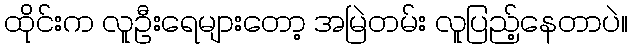
ထိုင်းက လူဦးရေများတော့ အမြဲတမ်း လူပြည့်နေတာပဲ။